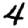
Digit: 4